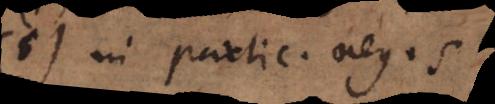
(5) In partic. neg. s